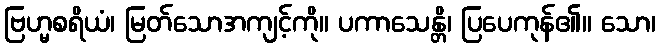
ဗြဟ္မစရိယံ၊ မြတ်သောအကျင့်ကို။ ပကာသေန္တိ၊ ပြပေကုန်၏။ သော၊